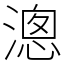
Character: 漗